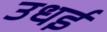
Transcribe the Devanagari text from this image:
उधई